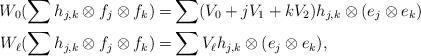
LaTeX: \begin{align*} W_0 (\sum h_{j,k}\otimes f_j\otimes f_k) = & \sum (V_0+jV_1+kV_2)h_{j,k}\otimes (e_j\otimes e_k) \\ W_\ell (\sum h_{j,k} \otimes f_j\otimes f_k) = & \sum V_\ell h_{j,k} \otimes (e_j\otimes e_k),\end{align*}